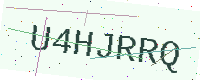
Text: U4HJRRQ